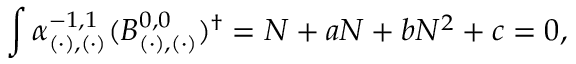
\int \alpha _ { ( \cdot ) , ( \cdot ) } ^ { - 1 , 1 } ( B _ { ( \cdot ) , ( \cdot ) } ^ { 0 , 0 } ) ^ { \dagger } = N + a N + b N ^ { 2 } + c = 0 ,